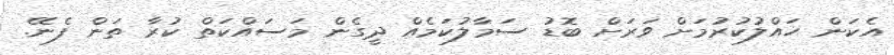
އެކަން ހައްލުކުުރުމަށް ވަރަށް ބޮޑު ސަމާލުކަމެއް ދީގެން މަސައްކަތް ކުރާ ތަން ފެނޭ.